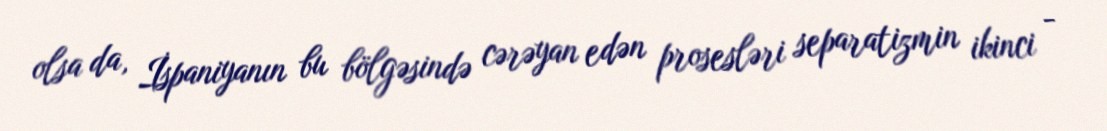
olsa da, İspaniyanın bu bölgəsində cərəyan edən prosesləri separatizmin ikinci -